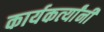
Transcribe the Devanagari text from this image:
कार्यकर्त्‍यांनी